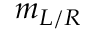
m _ { L / R }